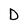
Character: D